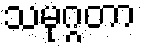
သမုဂ္ဂတာ